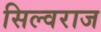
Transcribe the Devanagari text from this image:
सिल्वराज